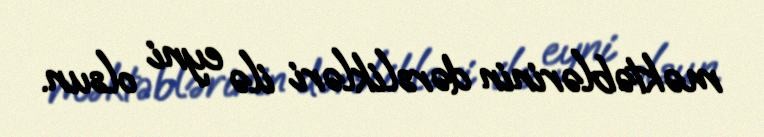
məktəblərinin dərslikləri ilə eyni olsun.